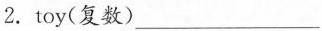
2. toy(复数)___